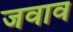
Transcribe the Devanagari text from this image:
जवाव